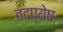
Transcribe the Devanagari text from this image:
तदप्येषः